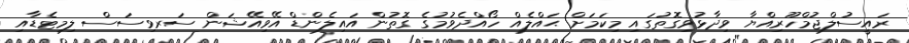
ރައީސުލްޖުމްހޫރިއްޔާ ވިދާޅުވިގޮތުގައި މިކަމަށް ޙައްލެއް ހޯއްދެވުމުގެ ގޮތުން އައިލެންޑް އޭވިއޭޝަން ސަރވިސަސް ލިމިޓެޑާއި